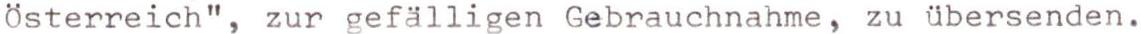
Österreich", zur gefälligen Gebrauchnahme, zu übersenden.